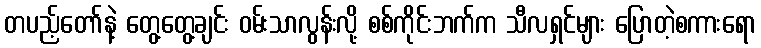
တပည့်တော်နဲ့ တွေ့တွေ့ချင်း ဝမ်းသာလွန်းလို့ စစ်ကိုင်းဘက်က သီလရှင်များ ပြောတဲ့စကားရော